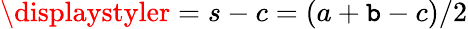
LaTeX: \displaystyler=s-c=(a+\mathtt{b}-c)/2